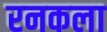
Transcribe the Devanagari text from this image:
रनकला